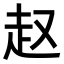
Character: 𧺉